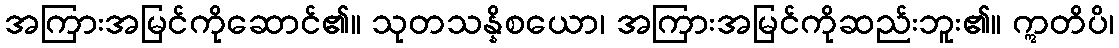
အကြားအမြင်ကိုဆောင်၏။ သုတသန္နိစယော၊ အကြားအမြင်ကိုဆည်းဘူး၏။ ဣတိပိ၊